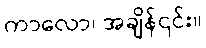
ကာလော၊ အချိန်၎င်း။